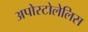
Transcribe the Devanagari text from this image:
अपोस्टोलेलिस